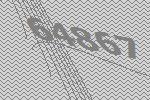
64867